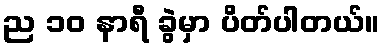
ည ၁၀ နာရီ ခွဲမှာ ပိတ်ပါတယ်။